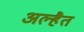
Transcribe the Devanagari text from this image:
अल्हैत